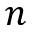
n